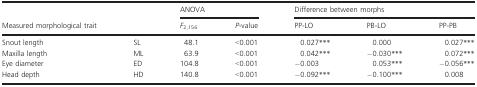
<table><thead><tr><td rowspan="2"><b>Measured morphological trait</b></td><td></td><td colspan="2"><b>ANOVA</b></td><td colspan="3"><b>Difference between morphs</b></td></tr><tr><td></td><td><b><i>F</i><sub>2,156</sub></b></td><td><b><i>P</i>-value</b></td><td><b>PP-LO</b></td><td><b>PB-LO</b></td><td><b>PP-PB</b></td></tr></thead><tbody><tr><td>Snout length</td><td>SL</td><td>48.1</td><td>&lt;0.001</td><td>0.027<sup>*</sup><sup>*</sup><sup>*</sup></td><td>0.000</td><td>0.027<sup>*</sup><sup>*</sup><sup>*</sup></td></tr><tr><td>Maxilla length</td><td>ML</td><td>63.9</td><td>&lt;0.001</td><td>0.042<sup>*</sup><sup>*</sup><sup>*</sup></td><td>−0.030<sup>*</sup><sup>*</sup><sup>*</sup></td><td>0.072<sup>*</sup><sup>*</sup><sup>*</sup></td></tr><tr><td>Eye diameter</td><td>ED</td><td>104.8</td><td>&lt;0.001</td><td>−0.003</td><td>0.053<sup>*</sup><sup>*</sup><sup>*</sup></td><td>−0.056<sup>*</sup><sup>*</sup><sup>*</sup></td></tr><tr><td>Head depth</td><td>HD</td><td>140.8</td><td>&lt;0.001</td><td>−0.092<sup>*</sup><sup>*</sup><sup>*</sup></td><td>−0.100<sup>*</sup><sup>*</sup><sup>*</sup></td><td>0.008</td></tr></tbody></table>